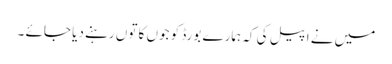
میں نے اپیل کی کہ ہمارے بورڈ کو جوں کا توں رہنے دیا جائے ۔